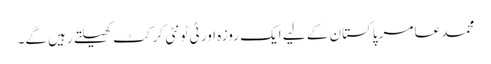
محمد عامر پاکستان کے لیے ایک روزہ اور ٹی ٹونٹی کرکٹ کھیلتے رہیں گے۔